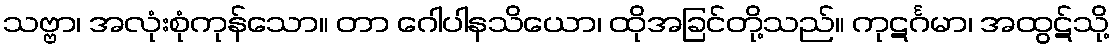
သဗ္ဗာ၊ အလုံးစုံကုန်သော။ တာ ဂေါပါနသိယော၊ ထိုအခြင်တို့သည်။ ကုဋင်္ဂမာ၊ အထွဋ်သို့